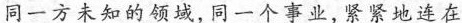
同一方未知的领域，同一个事业，紧紧地连在